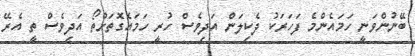
ބޭނުންވަނީ ހަމައެންމެ ފަހަރަކު ދެކިލަން އަދިވެސް ހުރީ ހަމައެގޮތަށްތޯ އަދިވެސް ތީ އެރޭ